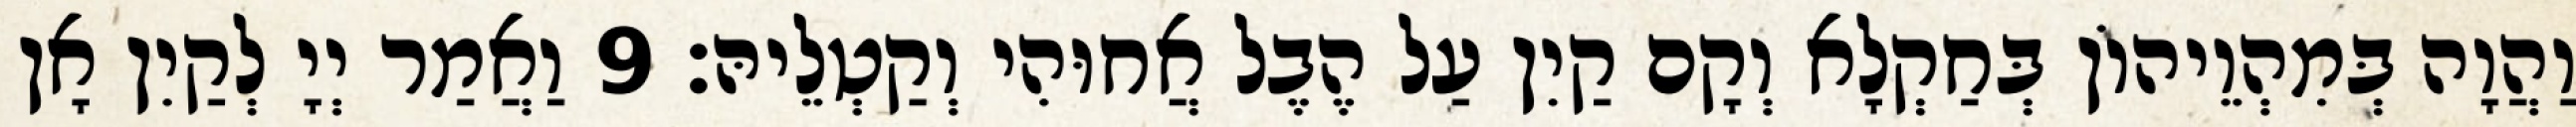
וַהֲוָה בְּמִהְוֵיהוֹן בְּחַקְלָא וְקָם קַיִן עַל הֶבֶל אֲחוּהִי וְקַטְלֵיהּ׃ 9 וַאֲמַר יְיָ לְקַיִן אָן